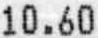
10.60